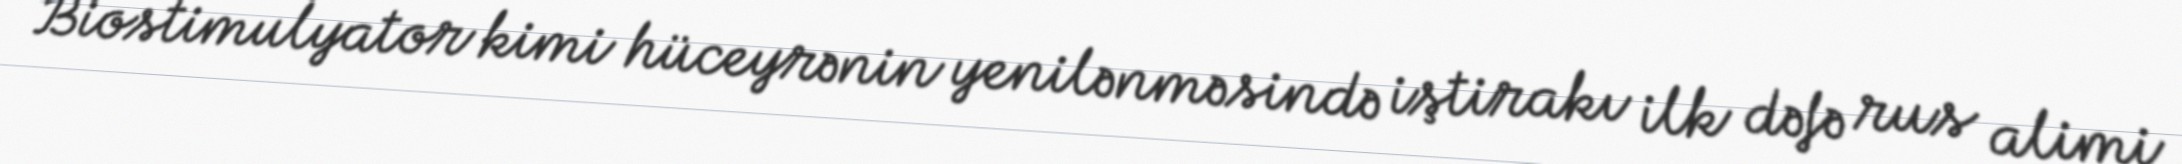
Biostimulyator kimi hüceyrənin yenilənməsində iştirakı ilk dəfə rus alimi